Civil Veterinary Dept. Bombay admin report 1932-41 - 1932-1941
Year: 1932
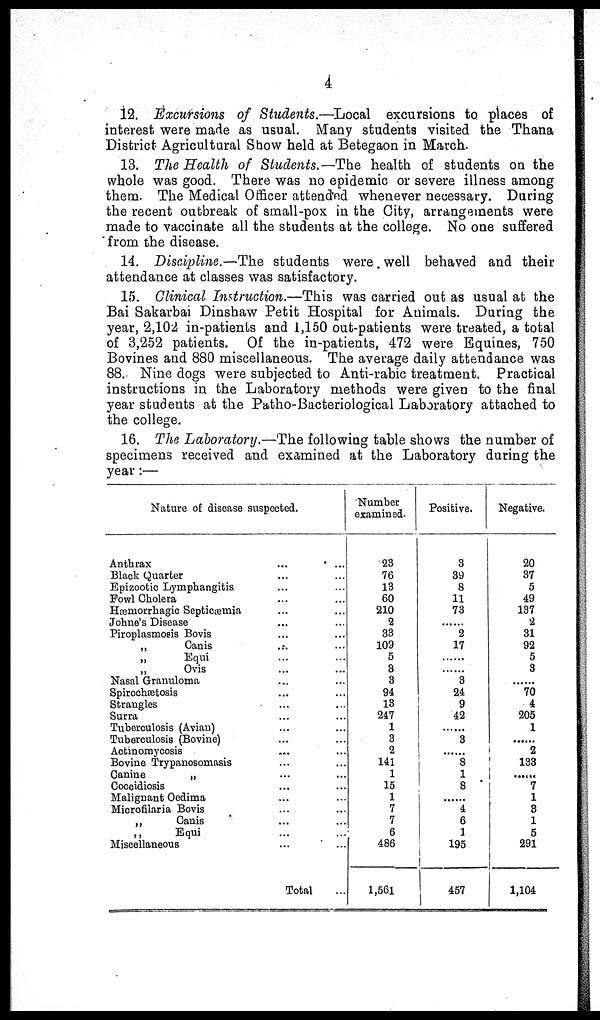
4
12. Excursions of Students.—Local excursions to places of
interest were made as usual. Many students visited the Thana
District Agricultural Show held at Betegaon in March.
13. The Health of Students.—The health of students on the
whole was good. There was no epidemic or severe illness among
them. The Medical Officer attended whenever necessary. During
the recent outbreak of small-pox in the City, arrangements were
made to vaccinate all the students at the college. No one suffered
from the disease.
14. Discipline.—The students were well behaved and their
attendance at classes was satisfactory.
15. Clinical Instruction.—This was carried out as usual at the
Bai Sakarbai Dinshaw Petit Hospital for Animals. During the
year, 2,102 in-patients and 1,150 out-patients were treated, a total
of 3,252 patients. Of the in-patients, 472 were Equines, 750
Bovines and 880 miscellaneous. The average daily attendance was
88. Nine dogs were subjected to Anti-rabic treatment. Practical
instructions in the Laboratory methods were given to the final
year students at the Patho-Bacteriological Laboratory attached to
the college.
16. The Laboratory.—The following table shows the number of
specimens received and examined at the Laboratory during the
year:—
Nature of disease suspected.
Anthrax ... ...
Black Quarter ... ...
Epizootic Lymphangitis ... ...
Fowl Cholera ... ...
Hæmorrhagic Septicæmia ... ...
Johne's Disease ... ...
Piroplasmosis Bovis ... ...
„
Canis ... ...
„
Equi ... ...
„
Ovis ... ...
Nasal Granuloma ... ...
Spirochæosis ... ...
Strangles ... ...
Surra ... ...
Tuberculosis (Avian) ... ...
Tuberculosis (Bovine) ... ...
Actinomycosis ... ...
Bovine Trypanosomasis ... ...
Canine
„ ... ...
Coccidiosis ... ...
Malignant Oedima ... ...
Microfilaria Bovis ... ...
„ Canis ... ...
„ Equi ... ...
Miscellaneous ... ...
Total ...
Number
examined.
23
76
13
60
210
2
33
109
5
8
3
94
13
247
1
3
2
141
1
15
1
7
7
6
486
1,561
Positive.
3
39
8
11
73
......
2
17
......
......
3
24
9
42
......
3
......
8
1
8
......
4
6
1
195
457
Negative.
20
37
5
49
137
2
31
92
5
3
......
70
4
205
1
......
2
133
......
1
8
1
5
291
1,104